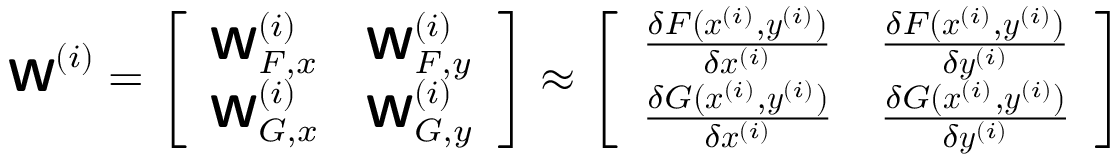
\boldsymbol { \mathsf { W } } ^ { ( i ) } = \left[ \begin{array} { l l } { \boldsymbol { \mathsf { W } } _ { F , x } ^ { ( i ) } } & { \boldsymbol { \mathsf { W } } _ { F , y } ^ { ( i ) } } \\ { \boldsymbol { \mathsf { W } } _ { G , x } ^ { ( i ) } } & { \boldsymbol { \mathsf { W } } _ { G , y } ^ { ( i ) } } \end{array} \right] \approx \left[ \begin{array} { l l } { \frac { \delta F ( \boldsymbol { x } ^ { ( i ) } , \boldsymbol { y } ^ { ( i ) } ) } { \delta \boldsymbol { x } ^ { ( i ) } } } & { \frac { \delta F ( \boldsymbol { x } ^ { ( i ) } , \boldsymbol { y } ^ { ( i ) } ) } { \delta \boldsymbol { y } ^ { ( i ) } } } \\ { \frac { \delta G ( \boldsymbol { x } ^ { ( i ) } , \boldsymbol { y } ^ { ( i ) } ) } { \delta \boldsymbol { x } ^ { ( i ) } } } & { \frac { \delta G ( \boldsymbol { x } ^ { ( i ) } , \boldsymbol { y } ^ { ( i ) } ) } { \delta \boldsymbol { y } ^ { ( i ) } } } \end{array} \right]